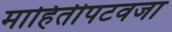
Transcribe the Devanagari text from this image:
माहितीपटवजा